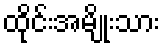
ထိုင်းအမျိုးသား